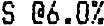
S @6.0%